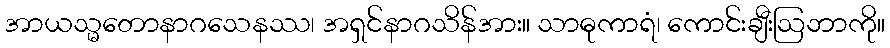
အာယသ္မတောနာဂသေနဿ၊ အရှင်နာဂသိန်အား။ သာဓုကာရံ၊ ကောင်းချီးဩဘာကို။